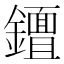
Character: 𨮮